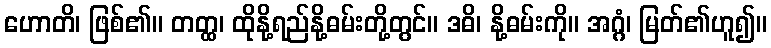
ဟောတိ၊ ဖြစ်၏။ တတ္ထ၊ ထိုနို့ရည်နို့ဓမ်းတို့တွင်။ ဒဓိ၊ နို့ဓမ်းကို။ အဂ္ဂံ၊ မြတ်၏ဟူ၍။